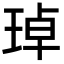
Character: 琸